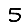
Digit: 5